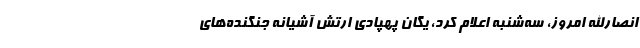
انصارالله امروز، سه‌شنبه اعلام کرد، یگان پهپادی ارتش آشیانه جنگنده‌های